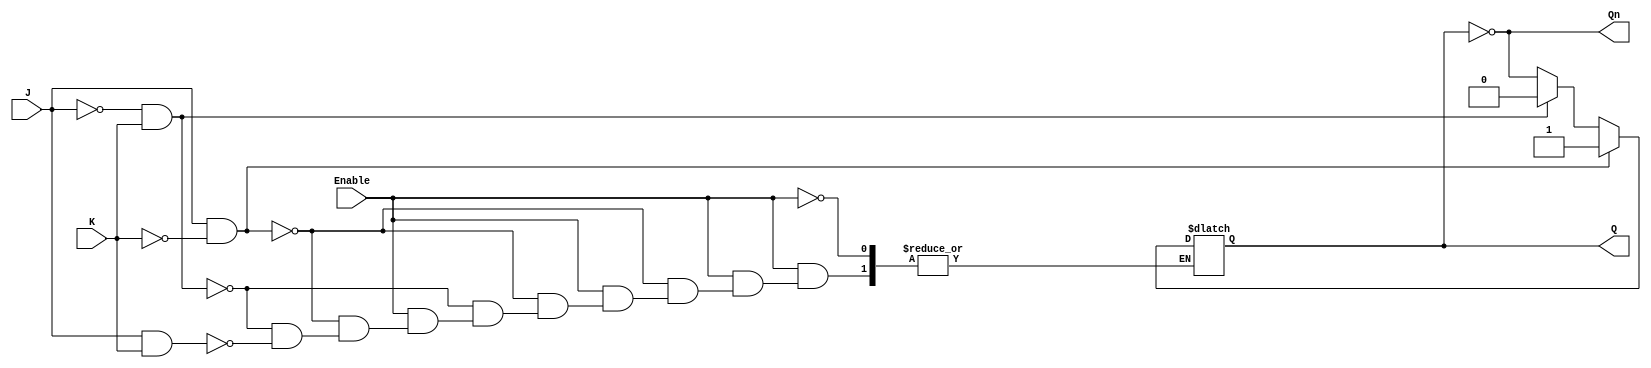
module GatedJKLatch (
    input wire J,        // Set input
    input wire K,        // Reset input
    input wire Enable,   // Clock / Enable signal
    output reg Q,        // Current state output
    output wire Qn       // Inverted current state output (Q NOT)
);

// Inverted output
assign Qn = ~Q;

// Always block to implement the gated behavior
always @(*) begin
    if (Enable) begin
        if (J && !K) begin
            Q = 1;    // Set state
        end else if (!J && K) begin
            Q = 0;    // Reset state
        end else if (J && K) begin
            Q = ~Q;   // Toggle state
        end
        // If J = 0 and K = 0, Q retains its previous state (no assignment)
    end
end

endmodule